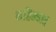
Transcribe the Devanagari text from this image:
महिन्यात्